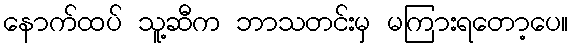
နောက်ထပ် သူ့ဆီက ဘာသတင်းမှ မကြားရတော့ပေ။